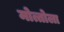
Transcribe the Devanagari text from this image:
मोत्तोला